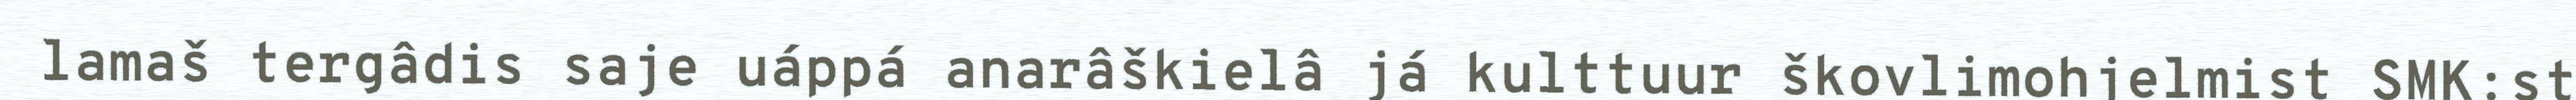
lamaš tergâdis saje uáppá anarâškielâ já kulttuur škovlimohjelmist SMK:st